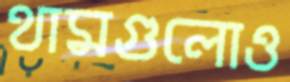
থামগুলোও